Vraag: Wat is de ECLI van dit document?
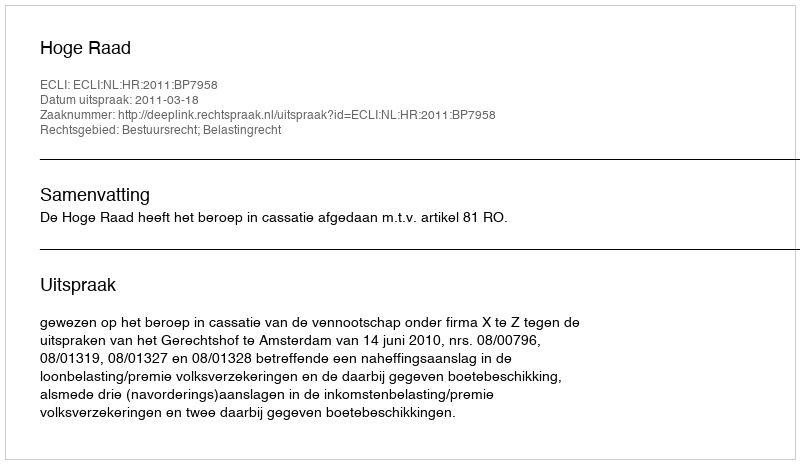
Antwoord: ECLI:NL:HR:2011:BP7958